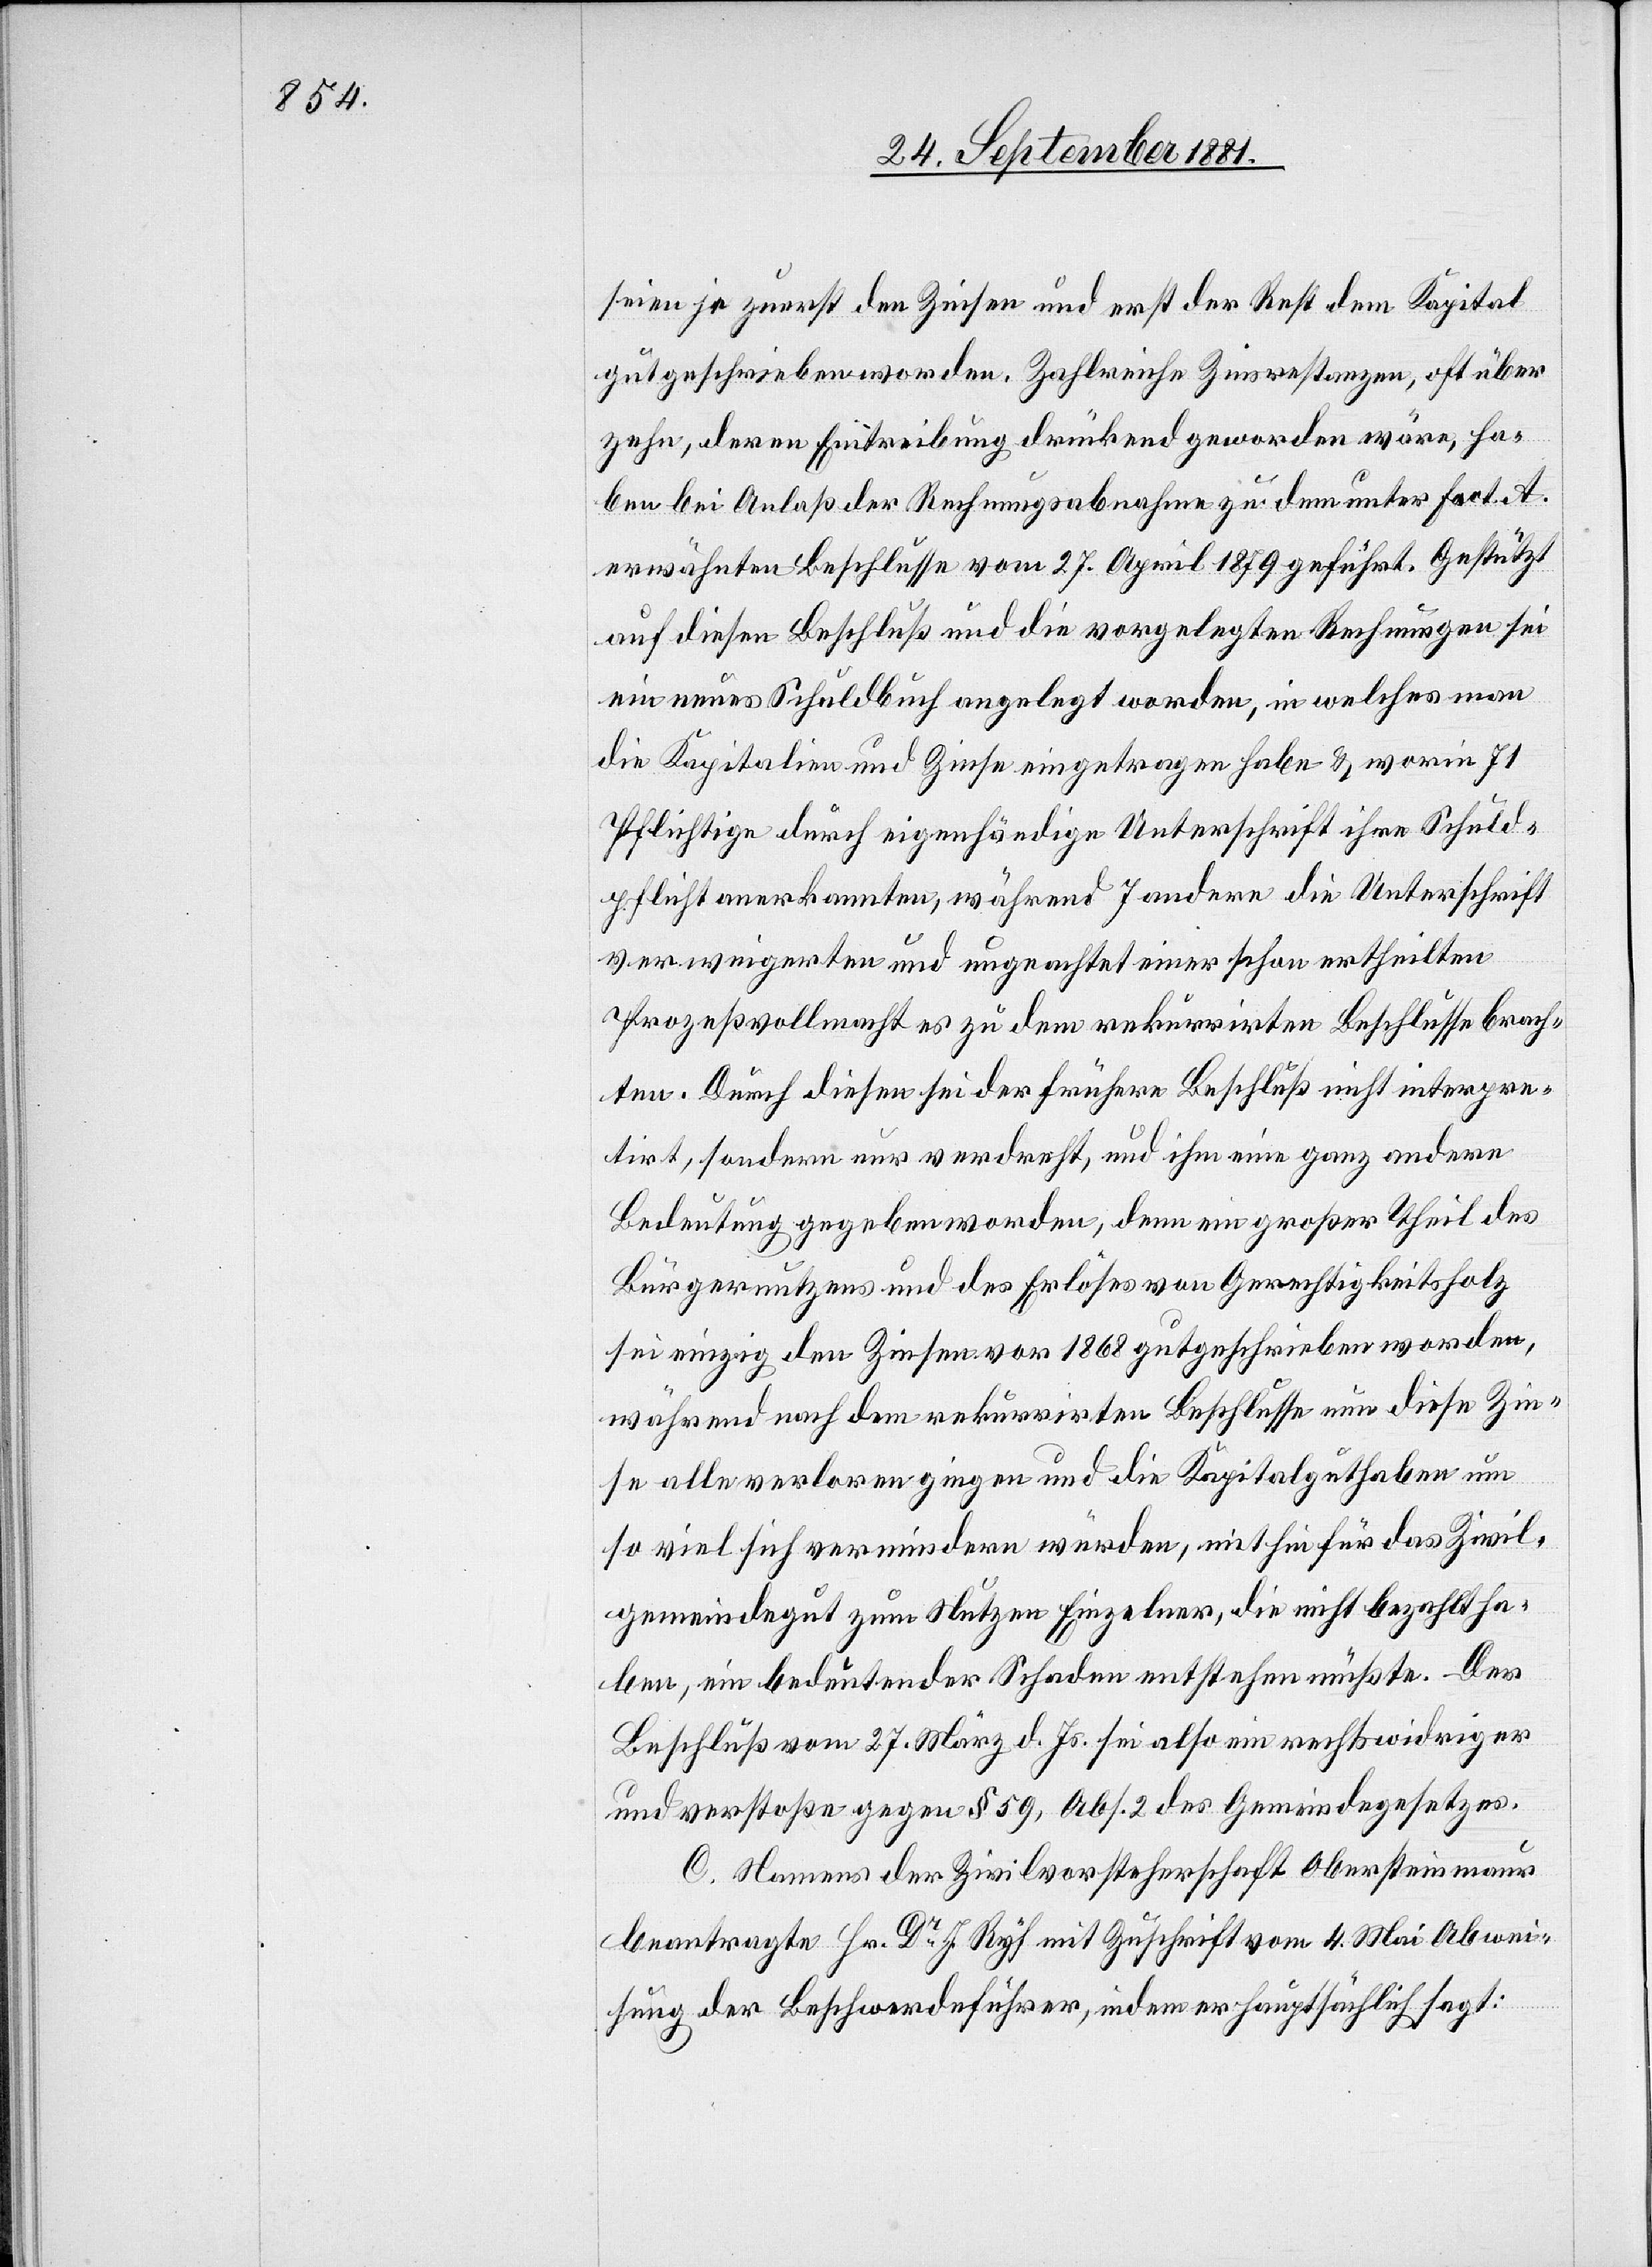
seien ja zuerst den Zinsen und erst der Rest dem Kapital
gutgeschrieben worden. Zahlreiche Zinsrestanzen, oft über
zehn, deren Eintreibung drückend geworden wäre, ha¬
ben bei Anlaß der Rechnungsabnahme zu dem unter fact. A.
erwähnten Beschlusse vom 27. April 1879 geführt. Gestützt
auf diesen Beschluß und die vorgelegten Rechnungen sei
ein neues Schuldbuch angelegt worden, in welches man
die Kapitalien und Zinse eingetragen habe & worin 71
Pflichtige durch eigenhändige Unterschrift ihre Schuld¬
pflicht anerkannten, während 7 andere die Unterschrift
verweigerten und ungeachtet einer schon ertheilten
Prozeßvollmacht es zu dem rekurrirten Beschlusse brach¬
ten. Durch diesen sei der frühere Beschluß nicht interpre¬
tirt, sondern nur verdreht, und ihm eine ganz andere
Bedeutung gegeben worden, denn ein großer Theil des
Bürgernutzens und des Erlöses von Gerechtigkeitsholz
se einzig den Zinsen von 1868 gutgeschrieben worden,
während nach dem rekurrirten Beschlusse nun diese Zin¬
se alle verloren gingen und die Kapitalguthaben um
so viel sich vermindern würden, mithin für das Zivil¬
gemeindegut zum Nutzen Einzelner, die nicht bezahlt ha¬
ben, ein bedeutender Schaden entstehen müßte. Der
Beschluß vom 27. März d. Js. sei also ein rechtswidriger
und verstoße gegen § 59, Abs. 2 des Gemeindegesetzes.
C. Namens der Zivilvorsteherschaft Obersteinmaur
beantragte Hr. Dr J. Ryf mit Zuschrift vom 4. Mai Abwei¬
sung der Beschwerdeführer, indem er hauptsächlich sagt: